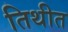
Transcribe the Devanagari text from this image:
तिथीत